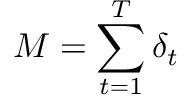
M = \sum _ { t = 1 } ^ { T } \delta _ { t }